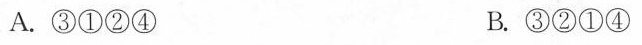
A.③①②④ B.③②①④